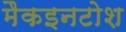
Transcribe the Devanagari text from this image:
मैकइनटोश